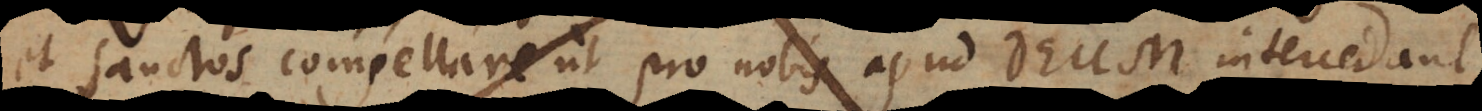
et Sanctos compellare, ut pro nobis apud Deum intercedant,